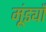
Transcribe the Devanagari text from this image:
मूंड्याँ